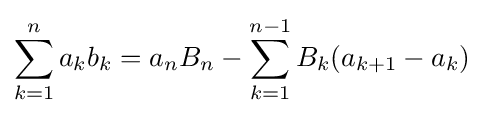
\sum _{k=1}^{n}a_{k}b_{k}=a_{n}B_{n}-\sum _{k=1}^{n-1}B_{k}(a_{k+1}-a_{k})